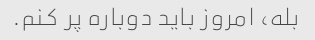
بله، امروز باید دوباره پر کنم.